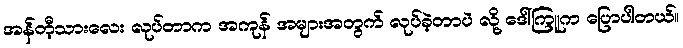
အန်တီ့သားလေး လုပ်တာက အကုန် အများအတွက် လုပ်ခဲ့တာပဲ လို့ ဒေါ်ကြူက ပြောပါတယ်။